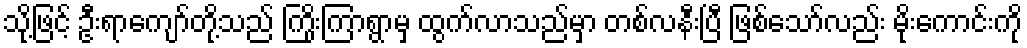
သို့ဖြင့် ဦးရာကျော်တို့သည် ကြိုးကြာရွာမှ ထွက်လာသည်မှာ တစ်လနီးပြီ ဖြစ်သော်လည်း မိုးကောင်းကို